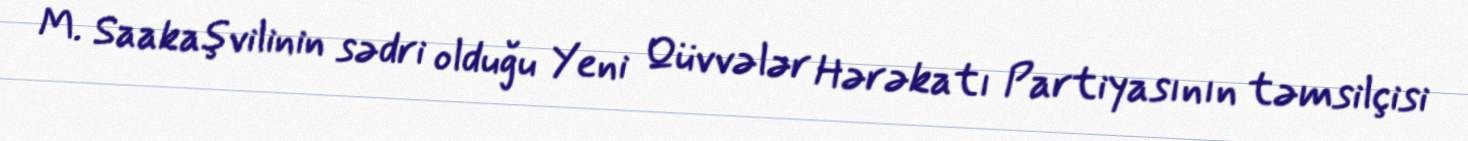
M. Saakaşvilinin sədri olduğu Yeni Qüvvələr Hərəkatı Partiyasının təmsilçisi